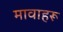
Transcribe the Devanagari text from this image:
मावाहरू